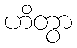
ဟိတွာ